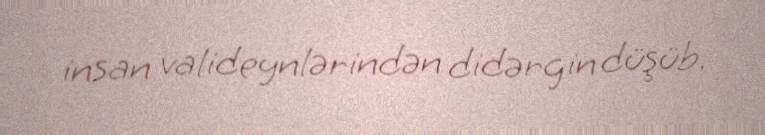
insan valideynlərindən didərgin düşüb.